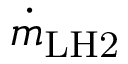
\dot { m } _ { \mathrm { { L H 2 } } }